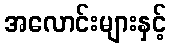
အလောင်းများနှင့်